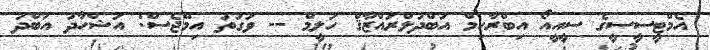
އެމްޓީސީސީގެ ސީއީއޯ އިބްރާހިމް އަބްދުލްރައްޒާޤް ހަލީމް -- ވަގުތު އިމޭޖެސް: އަޝްހާދު އަބްދު